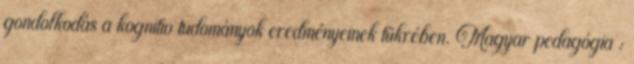
gondolkodás a kognitív tudományok eredményeinek tükrében. Magyar pedagógia :